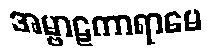
အမ္ဗာဋကာရာမေ